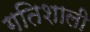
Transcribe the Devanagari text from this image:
गतिशाली